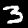
Digit: 3